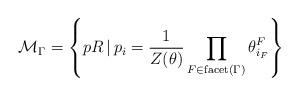
LaTeX: \begin{align*}\mathcal{M}_{\Gamma} = \left\lbrace p R \, \vert \, p_{i} = \dfrac{1}{Z(\theta)} \prod\limits_{F \in \mathrm{facet}(\Gamma)} \theta^{F}_{i_{F}} \right\rbrace\end{align*}